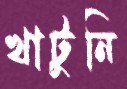
খাটুনি